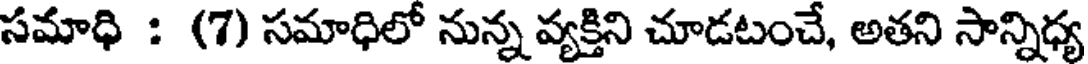
సమాధి : (7) సమాధిలో నున్న వ్యక్తిని చూడటంచే, అతని సాన్నిధ్య